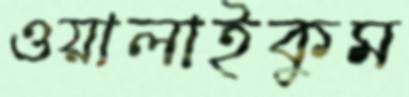
ওয়ালাইকুম